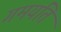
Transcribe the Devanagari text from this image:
गमयति